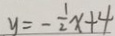
y = - \frac { 1 } { 2 } x + 4